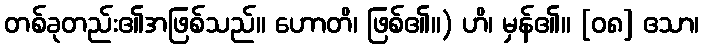
တစ်ခုတည်း၏အဖြစ်သည်။ ဟောတိ၊ ဖြစ်၏။) ဟိ၊ မှန်၏။ [၀၈] ဧသာ၊